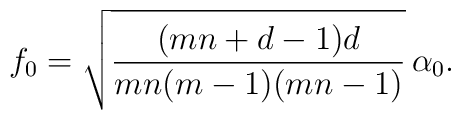
f_0 = \sqrt{\frac{(mn+d-1) d}{mn(m-1)(mn-1)}} \, \alpha_0.